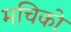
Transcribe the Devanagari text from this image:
मचिको